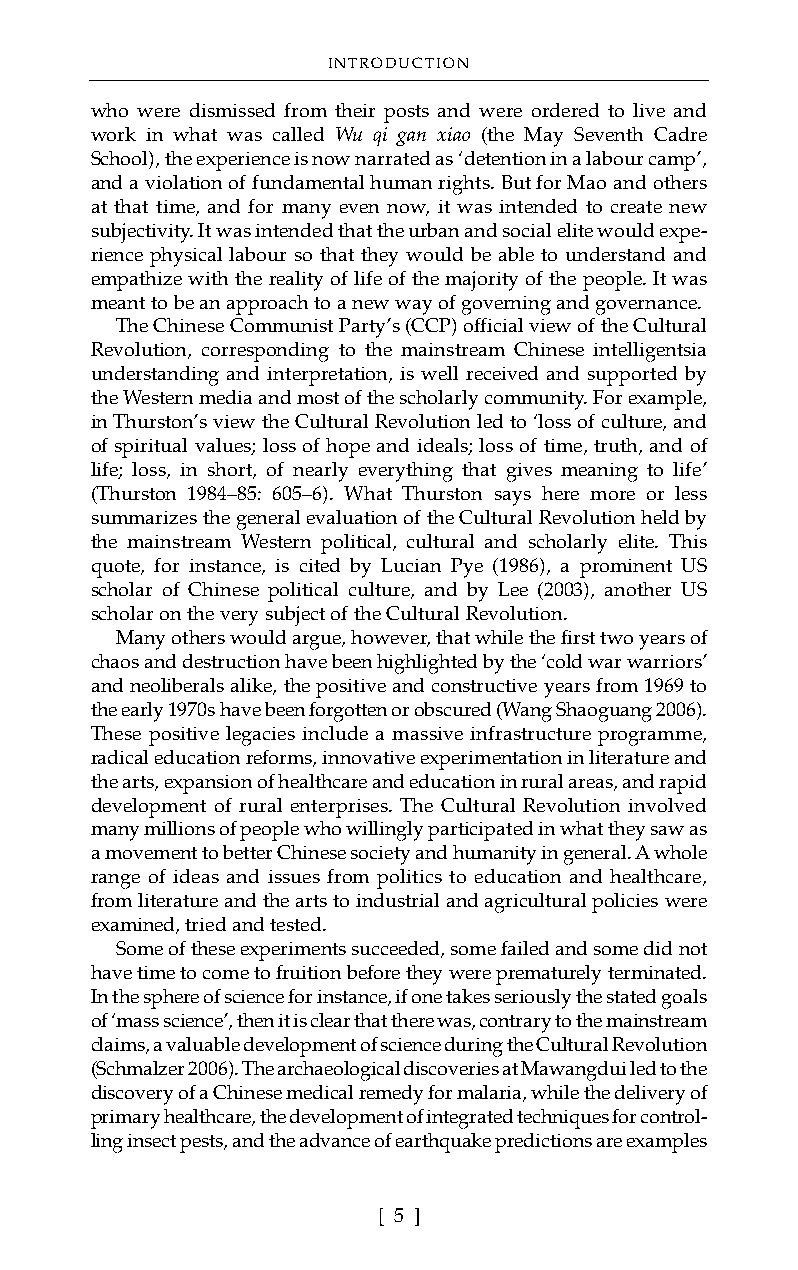
INTRODUCTION
 who were dismissed from their posts and were ordered to live and
 work in what was called Wu qi gan xiao (the May Seventh Cadre
 School), the experience is now narrated as ‘detention in a labour camp’,
 and a violation of fundamental human rights. But for Mao and others
 at that time, and for many even now, it was intended to create new
 subjectivity. It was intended that the urban and social elite would expe-
 rience physical labour so that they would be able to understand and
 empathize with the reality of life of the majority of the people. It was
 meant to be an approach to a new way of governing and governance.
 The Chinese Communist Party’s (CCP) official view of the Cultural
 Revolution, corresponding to the mainstream Chinese intelligentsia
 understanding and interpretation, is well received and supported by
 the Western media and most of the scholarly community. For example,
 in Thurston’s view the Cultural Revolution led to ‘loss of culture, and
 of spiritual values; loss of hope and ideals; loss of time, truth, and of
 life; loss, in short, of nearly everything that gives meaning to life’
 (Thurston 1984–85: 605–6). What Thurston says here more or less
 summarizes the general evaluation of the Cultural Revolution held by
 the mainstream Western political, cultural and scholarly elite. This
 quote, for instance, is cited by Lucian Pye (1986), a prominent US
 scholar of Chinese political culture, and by Lee (2003), another US
 scholar on the very subject of the Cultural Revolution.
 Many others would argue, however, that while the first two years of
 chaos and destruction have been highlighted by the ‘cold war warriors’
 and neoliberals alike, the positive and constructive years from 1969 to
 the early 1970s have been forgotten or obscured (Wang Shaoguang 2006).
 These positive legacies include a massive infrastructure programme,
 radical education reforms, innovative experimentation in literature and
 the arts, expansion of healthcare and education in rural areas, and rapid
 development of rural enterprises. The Cultural Revolution involved
 many millions of people who willingly participated in what they saw as
 a movement to better Chinese society and humanity in general. A whole
 range of ideas and issues from politics to education and healthcare,
 from literature and the arts to industrial and agricultural policies were
 examined, tried and tested.
 Some of these experiments succeeded, some failed and some did not
 have time to come to fruition before they were prematurely terminated.
 In the sphere of science for instance, if one takes seriously the stated goals
 of ‘mass science’, then it is clear that there was, contrary to the mainstream
 claims, a valuable development of science during the Cultural Revolution
 (Schmalzer 2006). The archaeological discoveries at Mawangdui led to the
 discovery of a Chinese medical remedy for malaria, while the delivery of
 primary healthcare, the development of integrated techniques for control-
 ling insect pests, and the advance of earthquake predictions are examples
 [ 5 ]